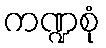
ကဏ္ဍစုံ